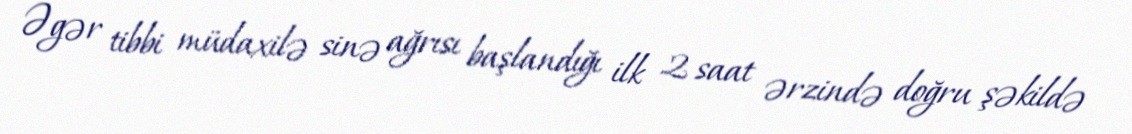
Əgər tibbi müdaxilə sinə ağrısı başlandığı ilk 2 saat ərzində doğru şəkildə